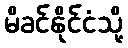
မိခင်နိုင်ငံသို့